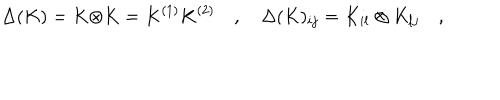
LaTeX: \Delta ( K ) = K \dot { \otimes } K = K ^ { ( 1 ) } K ^ { ( 2 ) } \quad , \quad \Delta ( K ) _ { i j } = K _ { i l } \otimes K _ { l j } \quad ,